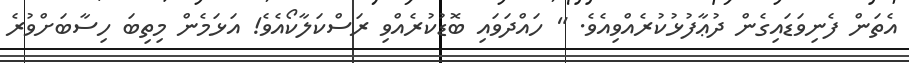
އެތަން ފެނިވަޑައިގެން ދުޢާފުޅުކުރެއްވިއެވެ. " ހައްދަވައި ބޮޑުކުރެއްވި ރަސްކަލާކޯއެވެ! އަޅަމެން މިތިބަ ހިސާބަށްވުރެ